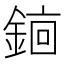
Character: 𬫫